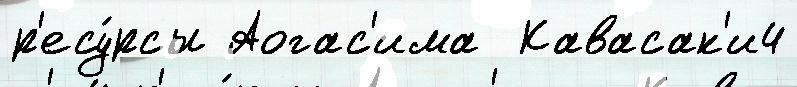
р'есу́рсы Аогас'има  Кавасак'и4